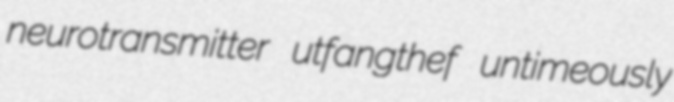
neurotransmitter utfangthef untimeously